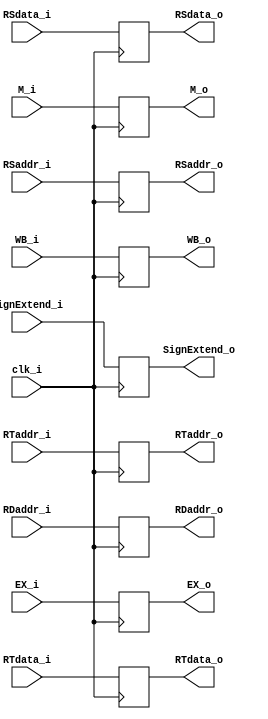
module ID_EX
(
	clk_i,
	WB_i,//control signal
	M_i,//control signal
	EX_i,//control signal
	RSdata_i,
	RTdata_i,
	SignExtend_i,
	RSaddr_i,
	RTaddr_i,
	RDaddr_i,
	WB_o,//control signal
	M_o,//control signal
	EX_o,//control signal
	RSdata_o,
	RTdata_o,
	SignExtend_o,
	RSaddr_o,
	RTaddr_o,
	RDaddr_o
);

// Ports
input				clk_i;
input	[1:0]		WB_i;//control signal
input	[1:0]		M_i;//control signal
input	[3:0]		EX_i;//control signal
input	[31:0]		RSdata_i;
input	[31:0]		RTdata_i;
input	[31:0]		SignExtend_i;
input	[4:0]		RSaddr_i;
input	[4:0]		RTaddr_i;
input	[4:0]		RDaddr_i;
output	[1:0]		WB_o;//control signal
output	[1:0]		M_o;//control signal
output	[3:0]		EX_o;//control signal
output	[31:0]		RSdata_o;
output	[31:0]		RTdata_o;
output	[31:0]		SignExtend_o;
output	[4:0]		RSaddr_o;
output	[4:0]		RTaddr_o;
output	[4:0]		RDaddr_o;

// Wires & Registers
reg		[1:0]		WB_o;//control signal
reg		[1:0]		M_o;//control signal
reg		[3:0]		EX_o;//control signal
reg		[31:0]		RSdata_o;
reg		[31:0]		RTdata_o;
reg		[31:0]		SignExtend_o;
reg		[4:0]		RSaddr_o;
reg		[4:0]		RTaddr_o;
reg		[4:0]		RDaddr_o;

initial begin
	WB_o = 2'b0;
	M_o = 2'b0;
	EX_o = 4'b0;
	RSdata_o = 32'b0;
	RTdata_o = 32'b0;
	SignExtend_o = 32'b0;
	RSaddr_o = 5'b0;
	RTdata_o = 5'b0;
	RDaddr_o = 5'b0;
end

always@(posedge clk_i) begin
	WB_o <= WB_i;//control signal
	M_o <= M_i;//control signal
	EX_o <= EX_i;//control signal
	RSdata_o <= RSdata_i;
	RTdata_o <= RTdata_i;
	SignExtend_o <= SignExtend_i;
	RSaddr_o <= RSaddr_i;
	RTaddr_o <= RTaddr_i;
	RDaddr_o <= RDaddr_i;
end
   
endmodule